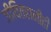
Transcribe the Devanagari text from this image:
जीवितहानीही